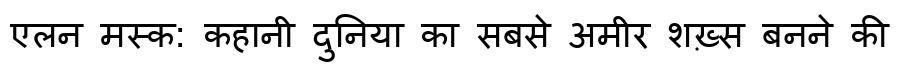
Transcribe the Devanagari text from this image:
एलन मस्क: कहानी दुनिया का सबसे अमीर शख़्स बनने की